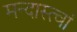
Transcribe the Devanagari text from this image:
मन्दास्त्वां